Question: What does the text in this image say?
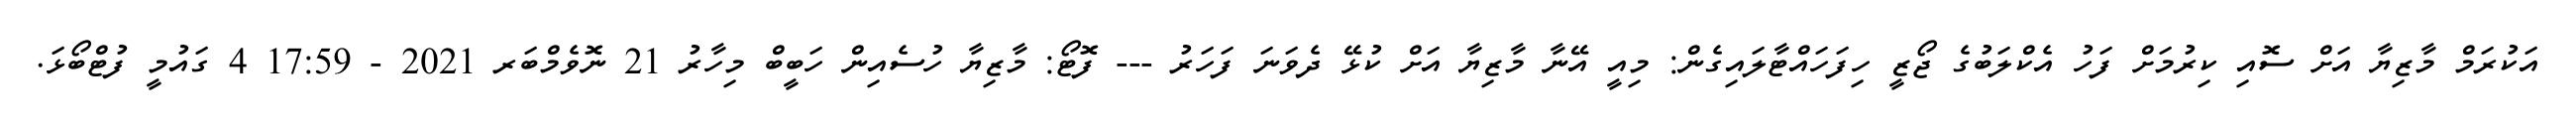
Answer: އަކުރަމް މާޒިޔާ އަށް ސޮއި ކިރުމަށް ފަހު އެކްލަބުގެ ޖޯޒީ ހިފަހައްޓާލައިގެން: މިއީ އޭނާ މާޒިޔާ އަށް ކުޅޭ ދެވަނަ ފަހަރު --- ފޮޓޯ: މާޒިޔާ ހުސެއިން ހަބީބް މިހާރު 21 ނޮވެމްބަރ 2021 - 17:59 4 ގައުމީ ފުޓްބޯޅަ.